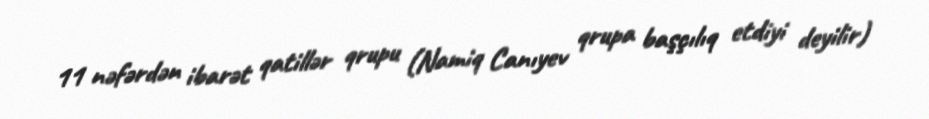
11 nəfərdən ibarət qatillər qrupu (Namiq Canıyev qrupa başçılıq etdiyi deyilir)